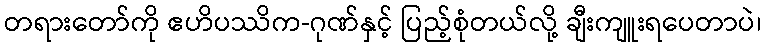
တရားတော်ကို ဧဟိပဿိက-ဂုဏ်နှင့် ပြည့်စုံတယ်လို့ ချီးကျူးရပေတာပဲ၊